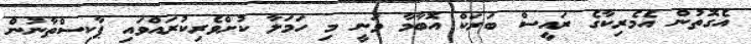
އެގޮތުން އެމެރިކާގެ ރައީސް ބަރަކް އޮބާމާ ވަނީ މި ހަމަލާ ކުށްވެރިކުރަައްވައި ޕާކިސްތާނުން